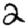
Digit: 2